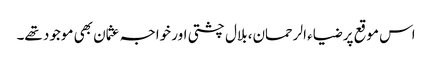
اس موقع پر ضیاء الرحمان، بلال چشتی اور خواجہ عثمان بھی موجود تھے۔